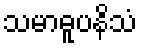
သမာဓူပနိသံ